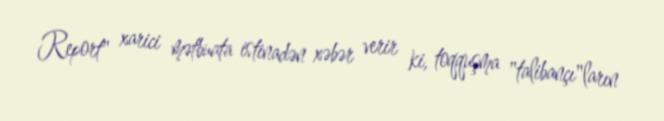
Report" xarici mətbuata istinadən xəbər verir ki, toqquşma "talibançı"ların